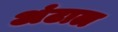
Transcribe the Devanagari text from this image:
अंटाल